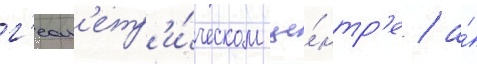
г'еом'етр'и́ческом це́нтр'е / а́